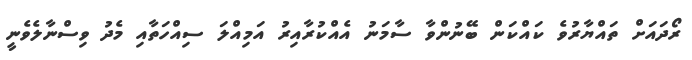
ރޯދައަށް ތައްޔާރުވެ ކައްކަން ބޭނުންވާ ސާމަނު އެއްކުރާއިރު އަމިއްލަ ސިއްހަތާއި މެދު ވިސްނާލެވެނީ